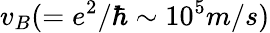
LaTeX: v_{B}(=e^{2}/\hbar\sim 10^{5}m/s)